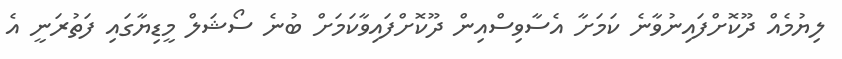
ލިޔުމެއް ދޫކޮށްފައިނުވާނެ ކަމަށާ އެސާވިސްއިން ދޫކޮށްފައިވާކަމަށް ބުނެ ސޯޝަލް މީޑިޔާގައި ފަތުރަނީ އެ